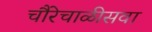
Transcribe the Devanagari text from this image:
चौरेचाळीसवा